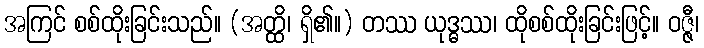
အကြင် စစ်ထိုးခြင်းသည်။ (အတ္ထိ၊ ရှိ၏။) တဿ ယုဒ္ဓဿ၊ ထိုစစ်ထိုးခြင်းဖြင့်။ ဝဇ္ဇီ၊